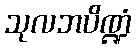
သုလဘပိဏ္ဍံ